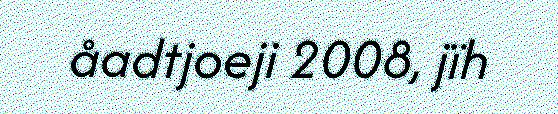
åadtjoeji 2008, jïh